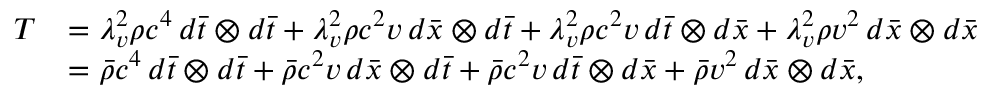
\begin{array} { r l } { T } & { = \lambda _ { v } ^ { 2 } \rho c ^ { 4 } \, d \bar { t } \otimes d \bar { t } + \lambda _ { v } ^ { 2 } \rho c ^ { 2 } v \, d \bar { x } \otimes d \bar { t } + \lambda _ { v } ^ { 2 } \rho c ^ { 2 } v \, d \bar { t } \otimes d \bar { x } + \lambda _ { v } ^ { 2 } \rho v ^ { 2 } \, d \bar { x } \otimes d \bar { x } } \\ & { = \bar { \rho } c ^ { 4 } \, d \bar { t } \otimes d \bar { t } + \bar { \rho } c ^ { 2 } v \, d \bar { x } \otimes d \bar { t } + \bar { \rho } c ^ { 2 } v \, d \bar { t } \otimes d \bar { x } + \bar { \rho } v ^ { 2 } \, d \bar { x } \otimes d \bar { x } , } \end{array}